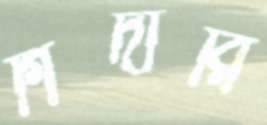
গিদারি